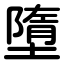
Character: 墮